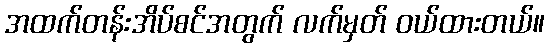
အထက်တန်းအိပ်စင်အတွက် လက်မှတ် ဝယ်ထားတယ်။